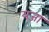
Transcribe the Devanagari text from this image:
यजा